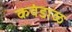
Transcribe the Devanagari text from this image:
कवंडाळ